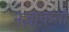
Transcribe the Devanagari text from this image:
नज़ाक़तों